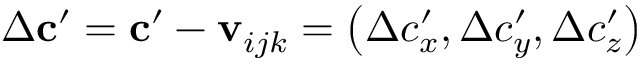
\Delta \mathbf { c } ^ { \prime } = \mathbf { c } ^ { \prime } - \mathbf { v } _ { i j k } = \left( \Delta c _ { x } ^ { \prime } , \Delta c _ { y } ^ { \prime } , \Delta c _ { z } ^ { \prime } \right)